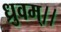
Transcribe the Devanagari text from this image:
ध्रुवम्।।